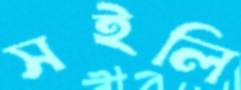
সইলি